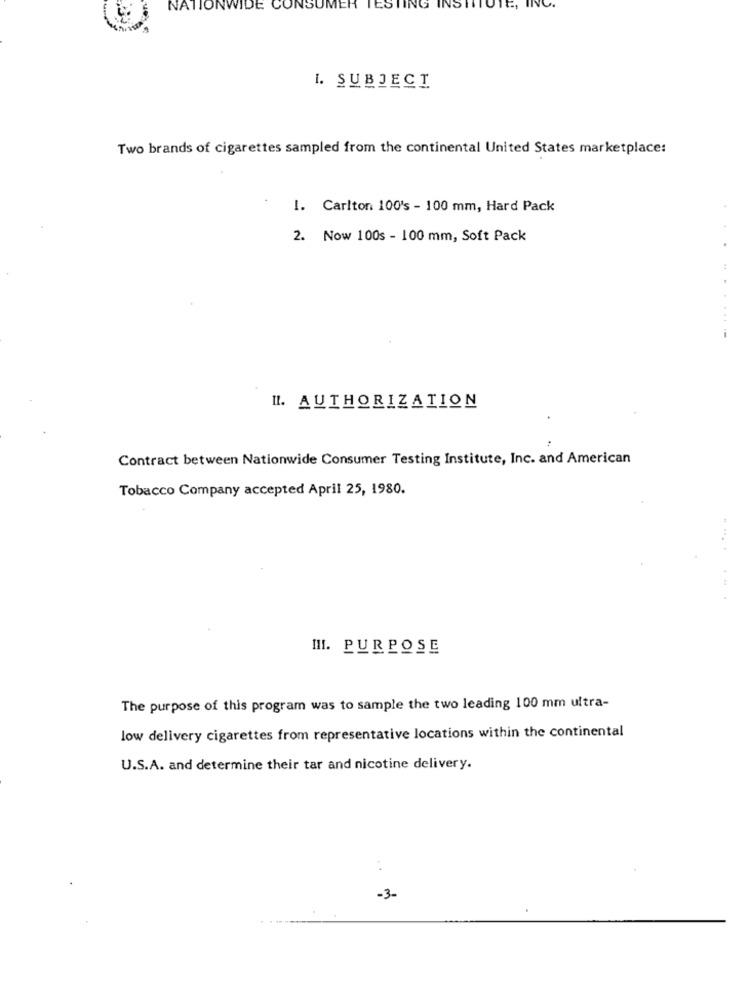
NATIONWIDE
INSU
TESTING INSTITUTE, INC.
I. SUBJECT
Two brands of cigarettes sampled from the continental United States marketplace:
1. Carlton 100's - 100 mm, Hard Pack
2. Now 100s - 100 mm, Soft Pack
I. AUTHORIZATION
Contract between Nationwide Consumer Testing Institute, Inc. and American
Tobacco Company accepted April 25, 1980.
III. PURPOSE
The purpose of this program was to sample the two leading 100 mm ultra-
low delivery cigarettes from representative locations within the continental
U.S.A. and determine their tar and nicotine delivery.
:
-3-